Annual report of the Madras Medical College
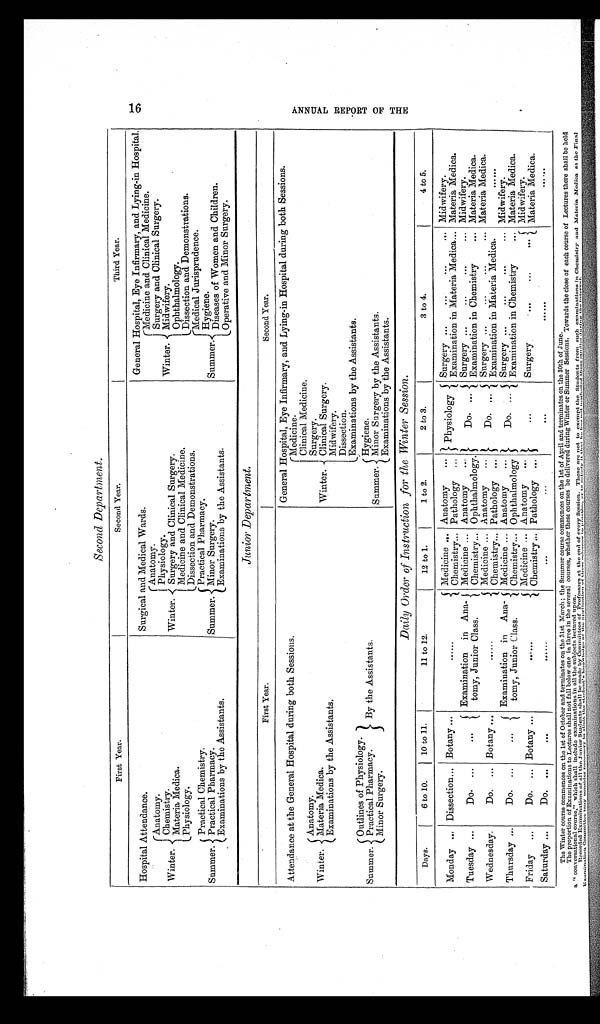
Second Department.
First Year.
Second Year.
Third Year.
Hospital Attendance.
Surgical and Medical Wards.
General Hospital, Eye Infirmary, and Lying-in Hospital.
Winter. .
Medicine and Clinical Medicine.
Winter. .
Anatomy.
Winter.
Anatomy.
Surgery and Clinical Surgery.
Physiology.
Chemistry.
Midwifery.
Surgery and Clinical Surgery.
M a t e r i a M e d i c a .
Ophthalmology.
Medicine and Clinical Medicine.
Physiology.
Dissection and Demonstrations.
Dissection and Demonstrations.
Summer.
Medical Jurisprudence .
Summer.
Practical Chemistry.
Summer.
Practical Pharmacy,
Hygiene.
Practical Pharmacy.
Minor Surgery.
Diseases of Women and Children.
Examinations by the Assistants.
Examinations by the Assistants.
Operative and Minor Surgery.
Junior Department.
First Year.
Second Year.
Attendance at the General Hospital during both Sessions.
General Hospital, Eye Infirmary, and Lying-in Hospital during both Sessions.
Winter.
Medicine.
Winter.
Anatomy.
Clinical Medicine.
Surgery.
Materia Medica.
Clinical Surgery.
Examinations by the Assistants.
Midwifery.
Dissection.
Summer.
Outlines of Physiology.
By the Assistants.
Examinations by the Assistants.
Summer.
Hygiene.
Practical Pharmacy.
Minor Surgery by the Assistants.
Minor Surgery.
Examinations by the Assistants.
Daily Order of Instruction for the Winter Session.
Days.
6 to 10.
10 to 11.
11 to 12.
12 to 1.
1 to 2.
2 to 3.
3 to 4.
4 to 5.
Monday ... Dissection... Botany ...
. . . . . .
Medicine ... Anatomy
...
Physiology
Surgery . . .
Midwifery.
Chemistry... Pathology ...
Examination in Materia Medica... Materia Medica.
Tuesday ...
Do. ...
...
Examination in Ana-
tomy, Junior Class.
Medicine ... Anatomy
Do. ...
Surgery ...
...
...
...
Midwifery.
Chemistry... Ophthalmology.
Examination in Chemistry
... Materia Medica.
Wednesday.
Do. ... Botany ...
. . . . . . Medicine ... Anatomy
...
Do. ...
Surgery ...
...
...
... Materia Medica.
Chemistry... Pathology ...
Examination in Materia Medica.
. . . . . .
Thursday ...
Do. ...
...
Examination in Ana-
tomy, Junior Class.
Medicine ... Anatomy
... Do.
...
Surgery
Midwifery.
Chemistry... Ophthalmology
Examination in Chemistry
... Materia Medica.
Friday ...
Do. ... Botany ...
. . . . . . Medicine ... Anatomy
... ...
Surgery
Midwifery.
Chemistry... Pathology ...
Materia Medica.
Saturday ...
Do. ...
. . .
......
. . .
. . .
. . .
. . . . . .
. . . . . .
The Winter course commences on the 1st of October and terminates on the 31st March; the Summer course commences on the 1st of April and terminates on the 30th of June.
The proportion of Examinations to Lectures shall not fall below one in three in the several courses, whether these courses be delivered during Winter or Summer Sessions. Towards the close of each course of Lectures there shall be held
a " conversational course," which shall include examinations in all the subjects lectured up on.
Recorded Examinations of all the Junior Students shall be made by Committees of Professors at the end of every Session. These are not to exempt the Students from such examinations in Chemistry and Materia Modica as the Final
Examination Committee may consider necessary to clicit the student's knowledge of the application of these sciences to practioc or the satisfy it that he has not neglocted these studies during the interval.